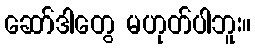
ဆော်ဒါတွေ မဟုတ်ပါဘူး။